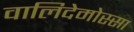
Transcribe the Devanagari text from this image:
वालिदेमोस्सा